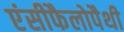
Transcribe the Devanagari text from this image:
एंसीफैलोपैथी